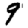
Digit: 9